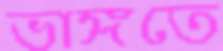
ভাঙ্গতে